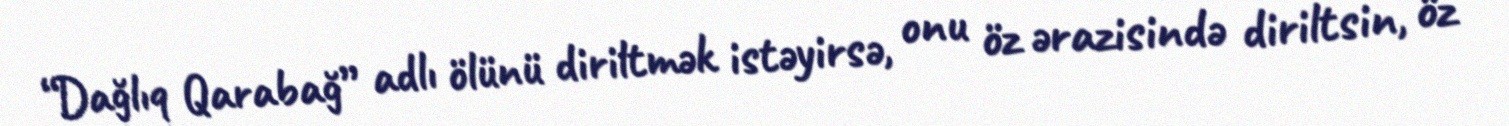
“Dağlıq Qarabağ” adlı ölünü diriltmək istəyirsə, onu öz ərazisində diriltsin, öz